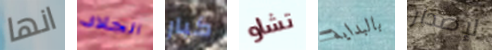
انها الجلاد كبار تشاو بالبداية لإصدار